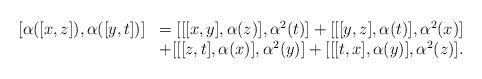
LaTeX: \begin{align*}\begin{array}{ll}[\alpha ([x, z]), \alpha ([y, t])] &= [[[x, y], \alpha (z)], \alpha^{2}(t)] + [[[y, z], \alpha (t)], \alpha^{2} (x)]\\& + [[[z, t], \alpha (x)], \alpha^{2} (y)] + [[[t, x], \alpha (y)], \alpha^{2} (z)].\end{array}\end{align*}